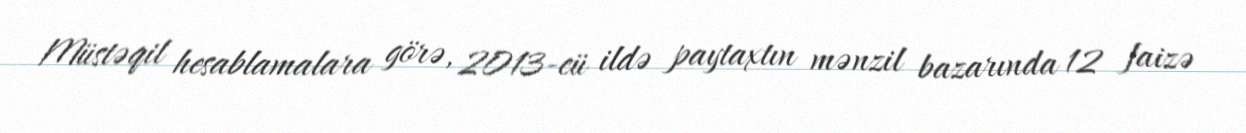
Müstəqil hesablamalara görə, 2013-cü ildə paytaxtın mənzil bazarında 12 faizə